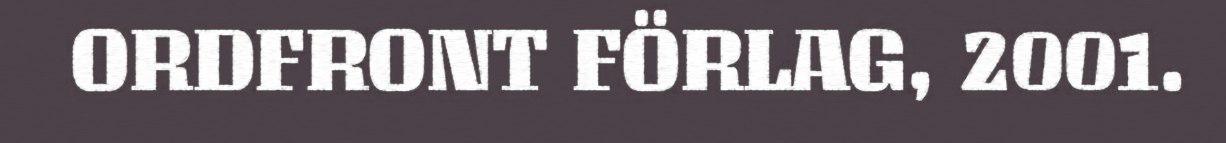
ORDFRONT FÖRLAG, 2001.